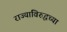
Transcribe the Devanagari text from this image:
राज्यांविरुद्धच्या